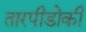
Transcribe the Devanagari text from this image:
तारपीडोकी